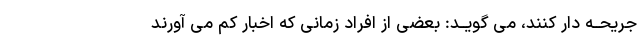
جریحــه دار کنند، مى گویــد: بعضى از افراد زمانى که اخبار کم مى آورند